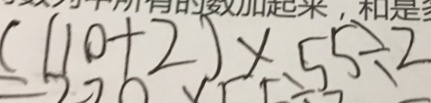
( 1 1 0 + 2 ) \times 5 5 \div 2